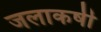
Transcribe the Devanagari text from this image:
जलाकर्षी